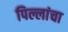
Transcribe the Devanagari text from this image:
पिल्लांचा